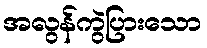
အလွန်ကွဲပြားသော